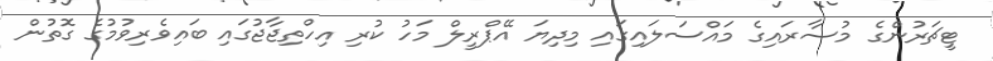
ޓީޗަރުންގެ މުސާރައިގެ މައްސަލައިގައި މިދިޔަ އޭޕްރީލް މަހު ކުރި އިހްތިޖާޖުގައި ބައިވެރިވުމުގެ ގޮތުން